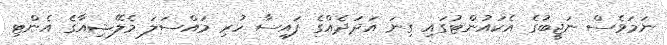
ނަމަވެސް ނަޖީބުގެ އެކައުންޓުގައި ގިނަ އަދަދެއްގެ ފައިސާ ހުރި މައްސަލަ މެލޭޝިއާގެ އެންޓި